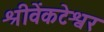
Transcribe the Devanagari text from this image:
श्रीवेंकटेश्वर